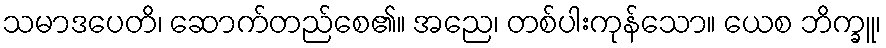
သမာဒပေတိ၊ ဆောက်တည်စေ၏။ အညေ၊ တစ်ပါးကုန်သော။ ယေစ ဘိက္ခူ၊